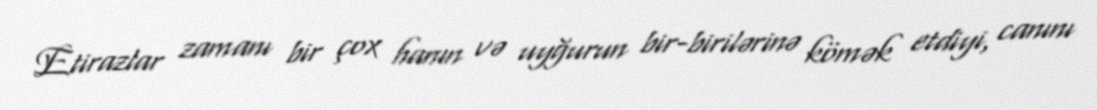
Etirazlar zamanı bir çox hanın və uyğurun bir-birilərinə kömək etdiyi, canını